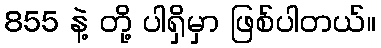
855 နဲ့ တို့ ပါရှိမှာ ဖြစ်ပါတယ်။